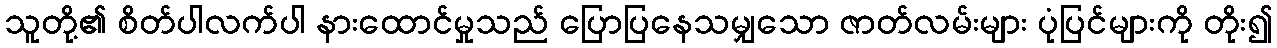
သူတို့၏ စိတ်ပါလက်ပါ နားထောင်မှုသည် ပြောပြနေသမျှသော ဇာတ်လမ်းများ ပုံပြင်များကို တိုး၍